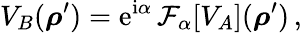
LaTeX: V_{B}(\boldsymbol\rho^{\prime})=\mathrm{e}^{\mathrm{i}\alpha}\, {\mathcal F}_{\alpha}[V_{A}](\boldsymbol\rho^{\prime})\, ,